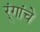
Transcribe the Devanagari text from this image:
र्ंगांचे